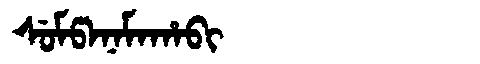
Manchu: ᠰᡠᠮᡦᠠᠨᠠᠮᠠᡥᠠᠪᡳ
Romanization: SUMPANAMAHABI